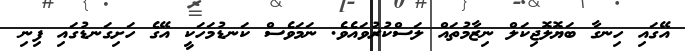
އޭގައި ހިނގާ ބަޔޮލޮޖިކަލް ނިޒާމުތައް ލަސްކުރުވައެވެ. ނަމަވެސް ކަނޑުމަހަކީ އޭގެ ހަށިގަނޑުގައި ފިނި